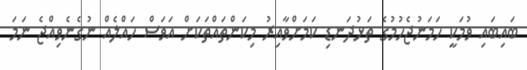
ބައިބައި ވުމަކީ ހަމަނުޖެހުމުގެ ތަޅުދަނޑި ކަމަށްވާއިރު މިކަންތައްތަކަށް އަވަސް ހައްލެއް ނުގެނެވިއްޖެ ނަމަ